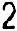
2